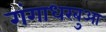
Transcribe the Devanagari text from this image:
गंगाधरबुआ